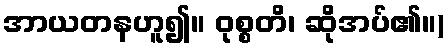
အာယတနဟူ၍။ ဝုစ္စတိ၊ ဆိုအပ်၏။)